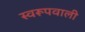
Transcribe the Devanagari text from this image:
स्वरूपवाली